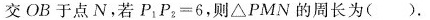
交O B于点N，若$$P_{ 1 } P_{ 2 }=6$$，则△ P M N的周长为 ( ).